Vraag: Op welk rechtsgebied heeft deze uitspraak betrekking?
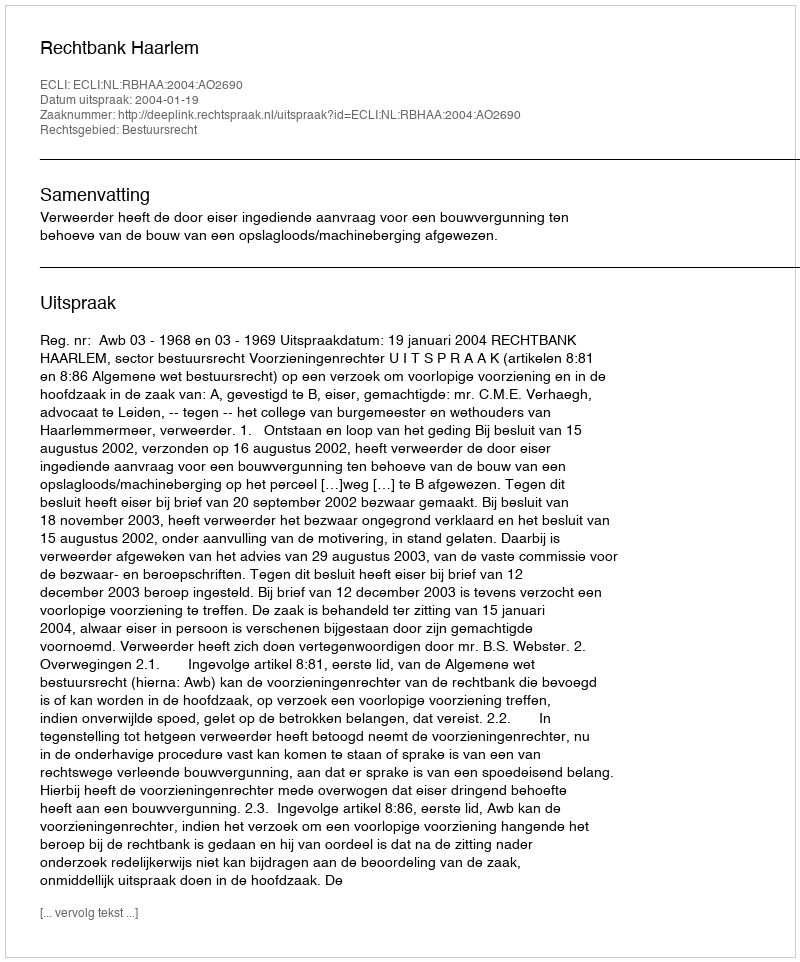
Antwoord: Bestuursrecht